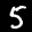
Label: 5